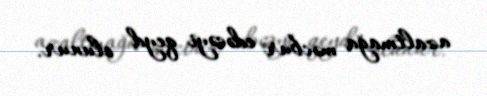
azaltmağa məcbur edəcəyi qeyd olunur.